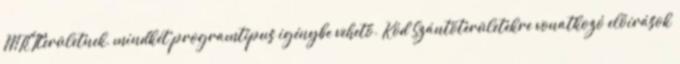
MTÉTterületnek, mindkét programtípus igénybe vehető. Kód Szántóterületekre vonatkozó előírások